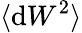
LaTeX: \langle\mathrm{d}W^{2}\rangle